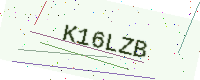
Text: K16LZB